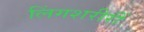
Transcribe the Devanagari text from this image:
लिंगशरीरीं